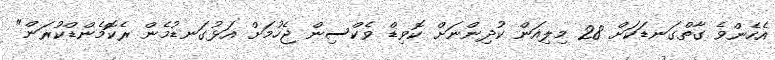
އެހެންވެ ގާތްގަނޑަކަށް 28 މިލިއަން ކުދިންނަށް ކޮވިޑް ވެކްސިން ޖެހުމަށް އަޅުގަނޑުމެން ރެކޮމެންޑްކުރަން"